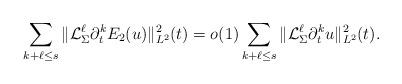
LaTeX: \begin{align*}\sum_{k+\ell\leq s} \| \mathcal{L}_{\Sigma}^{\ell}\partial^{k}_t E_2(u) \|_{L^2}^2(t) =o(1)\sum_{k+\ell\leq s} \| \mathcal{L}_{\Sigma}^{\ell}\partial^{k}_t u \|_{L^2}^2(t).\end{align*}